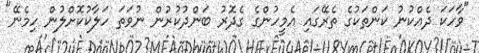
"ވާހަކަ ދެއްކުނު ކަންތަކުގެ ތެރޭގައި އެމީހުންގެ ގެދޮރު ބަންދުކުރުން ނުވަތަ ހަލާކުކޮށްލުން ހިމެނޭ"